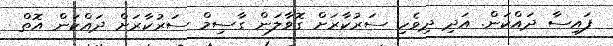
ފައިސާ ދައްކަން. އަދި ދިވެހި ސަރުކާރަށް ގޮވާލަން ގާސިމް ސަރުކާރަށް ދައްކަން އޮތް